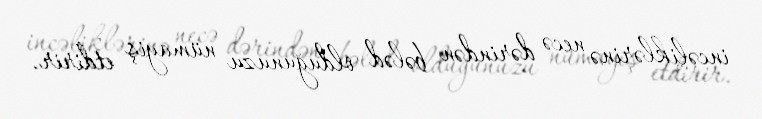
incəliklərinə necə dərindən bələd olduğunuzu nümayiş etdirir.